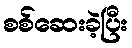
စစ်ဆေးခဲ့ပြီး